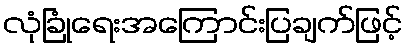
လုံခြုံရေးအကြောင်းပြချက်ဖြင့်